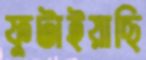
ফুটাইয়াছি